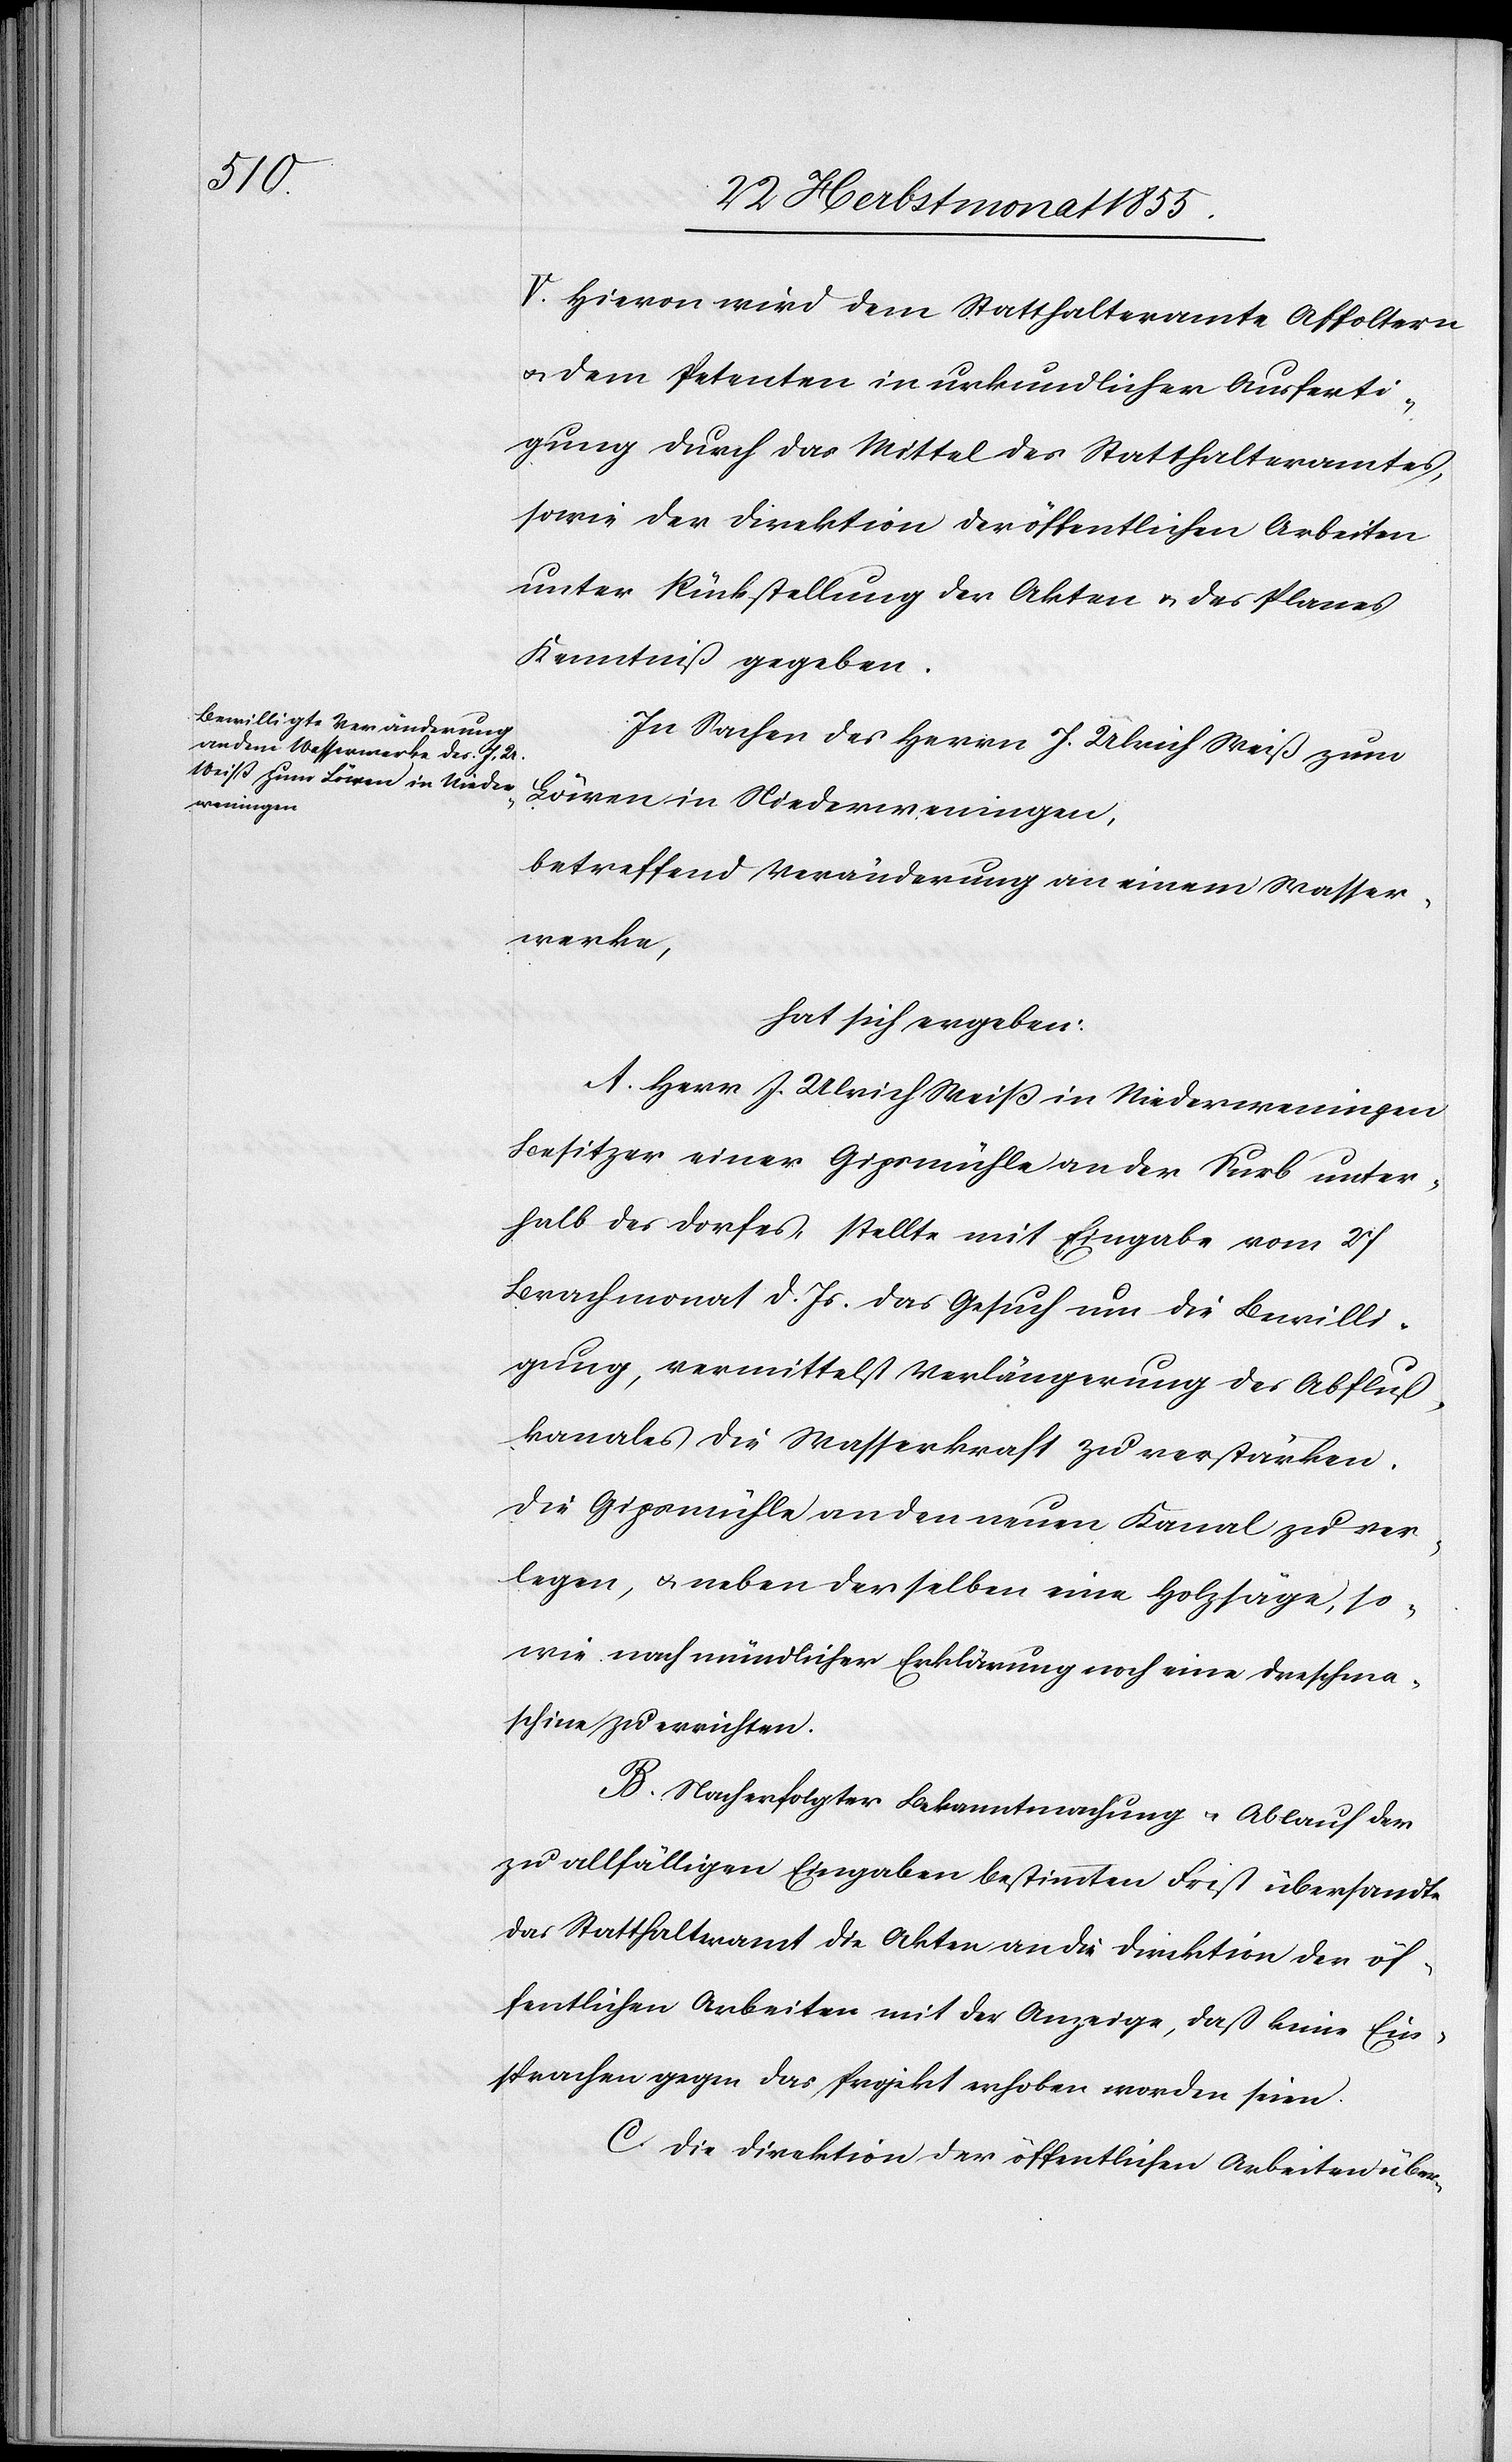
V. Hievon wird dem Statthalteramte Affoltern
& dem Petenten in urkundlicher Ausferti¬
gung durch das Mittel des Statthalteramtes,
sowie der Direktion der öffentlichen Arbeiten
unter Rückstellung der Akten & des Planes
Kenntniß gegeben.
In Sachen des Herrn J. Ulrich Weiß zum
Löwen in Niederweningen,
betreffend Veränderung an einem Wasser¬
werke,
hat sich ergeben:
A. Herr J. Ulrich Weiß in Niederweningen
Besitzer einer Gipsmühle an der Surb unter¬
halb des Dorfes, stellte mit Eingabe vom 27
Brachmonat d. Js. das Gesuch um die Bewilli¬
gung, vermittelst Verlängerung des Abfluß¬
kanales die Wasserkraft zu verstärken,
die Gipsmühle an den neuen Kanal zu ver¬
legen, & neben derselben eine Holzsäge, so¬
wie nach mündlicher Erklärung noch eine Dreschma¬
schine zu errichten.
B. Nach erfolgter Bekanntmachung & Ablauf der
zu allfälligen Eingaben bestimmten Frist übersandte
das Statthalteramt die Akten an die Direktion der öf¬
fentlichen Arbeiten mit der Anzeige, daß keine Ein¬
sprachen gegen das Projekt erhoben worden seien.
C. Die Direktion der öffentlichen Arbeiten über-